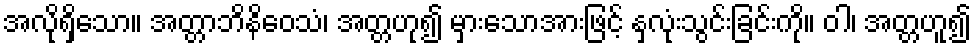
အလိုရှိသော။ အတ္တာဘိနိဝေသံ၊ အတ္တဟု၍ မှားသောအားဖြင့် နှလုံးသွင်းခြင်းကို။ ဝါ၊ အတ္တဟူ၍